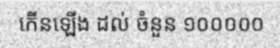
កើនឡើង ដល់ ចំនួន ១០០០០០